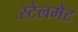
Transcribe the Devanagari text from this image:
स्टेलमेट